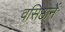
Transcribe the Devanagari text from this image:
वसिष्ठानें